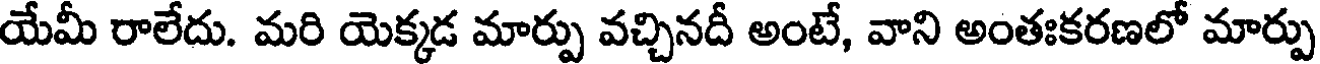
యేమీ రాలేదు. మరి యెక్కడ మార్పు వచ్చినదీ అంటే, వాని అంతఃకరణలో మార్పు